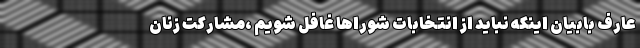
عارف بابیان اینکه نباید از انتخابات شوراها غافل شویم ،مشارکت زنان